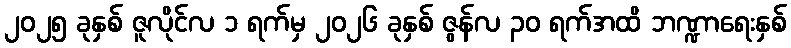
၂၀၂၅ ခုနှစ် ဇူလိုင်လ ၁ ရက်မှ ၂၀၂၆ ခုနှစ် ဇွန်လ ၃၀ ရက်အထိ ဘဏ္ဍာရေးနှစ်